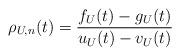
LaTeX: \begin{align*} \rho_{U,n}(t) = \frac{f_{U}(t) - g_{U}(t)}{u_{U}(t)-v_{U}(t)}\end{align*}